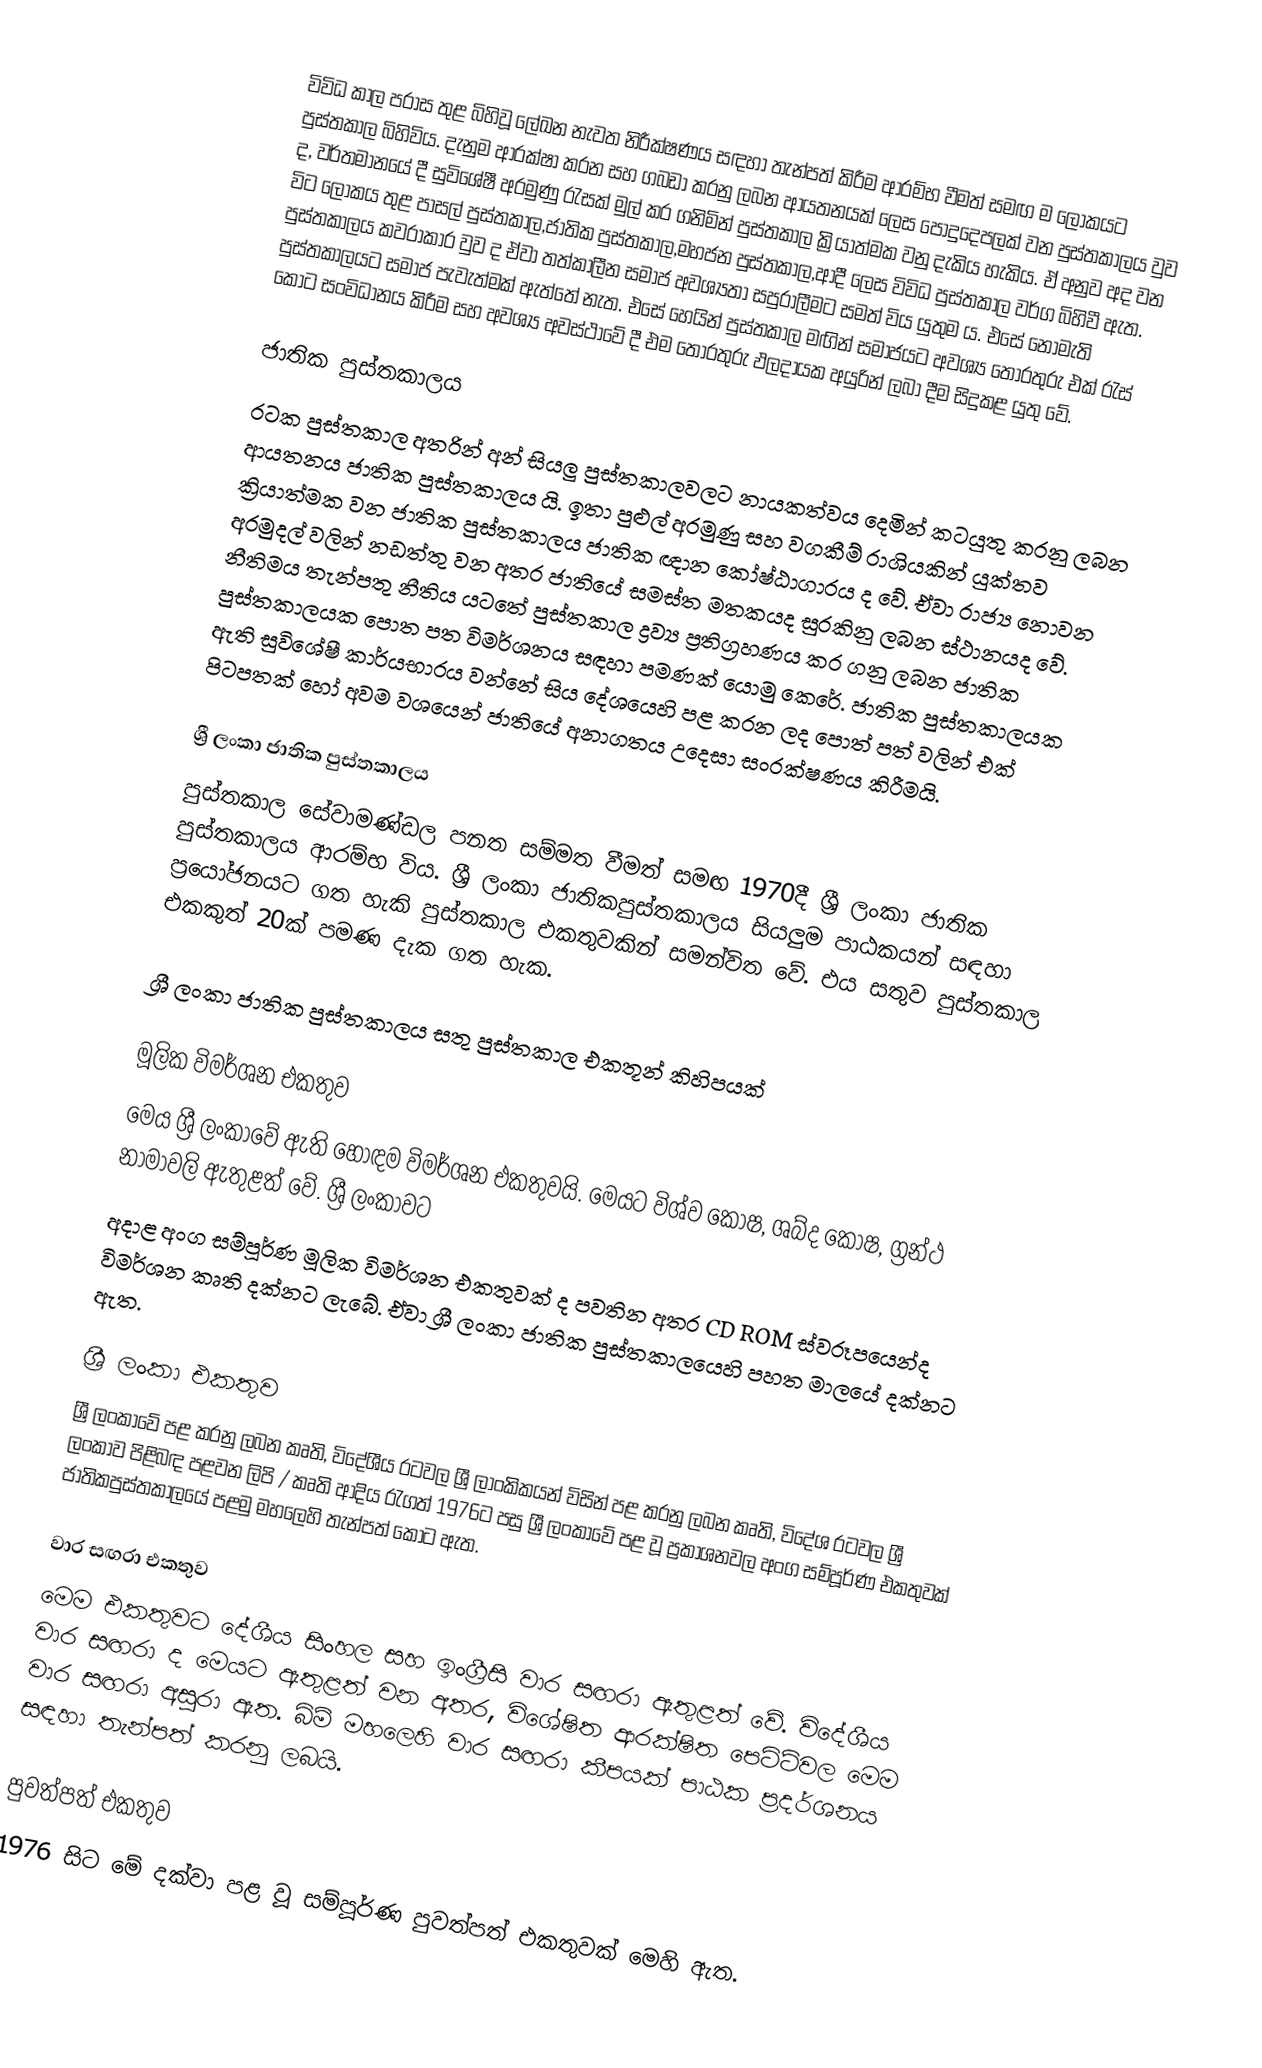
විවිධ කාල පරාස තුළ බිහිවූ ලේඛන නැවත නිරීක්ෂණය සඳහා තැන්පත් කිරීම ආරම්භ වීමත් සමඟ ම ලෝකයට පුස්තකාල බිහිවිය. දැනුම ආරක්ෂා කරන සහ ගබඩා කරනු ලබන ආයතනයක් ලෙස පොදුදෙපලක් වන පුස්තකාලය වුව ද, වර්තමානයේ දී සුවිශේෂී අරමුණු රැසක් මුල් කර ගනිමින් පුස්තකාල  ක්‍රියාත්මක වනු දැකිය හැකිය. ඒ අනුව අද වන විට ලෝකය තුළ පාසල් පුස්තකාල,ජාතික පුස්තකාල,මහජන පුස්තකාල,ආදී ලෙස විවිධ පුස්තකාල  වර්ග බිහිවී ඇත. පුස්තකාලය කවරාකාර වුව ද ඒවා තත්කාලීන සමාජ අවශ්‍යතා සපුරාලීමට සමත් විය යුතුම ය. එසේ නොමැති පුස්තකාලයට සමාජ පැවැත්මක් ඇත්තේ නැත. එසේ හෙයින් පුස්තකාල මඟින් සමාජයට අවශ්‍ය තොරතුරු එක් රැස් කොට සංවිධානය කිරීම සහ අවශ්‍ය අවස්ථාවේ දී එම තොරතුරු ඵලදායක අයුරින් ලබා දීම සිදුකළ යුතු වේ.

ජාතික පුස්තකාලය
රටක පුස්තකාල අතරින් අන් සියලු පුස්තකාලවලට නායකත්වය දෙමින් කටයුතු කරනු ලබන ආයතනය ජාතික පුස්තකාලය යි. ඉතා පුළුල් අරමුණු සහ වගකීම් රාශියකින් යුක්තව ක්‍රියාත්මක වන ජාතික පුස්තකාලය ජාතික ඥාන කෝෂ්ඨාගාරය ද වේ. ඒවා රාජ්‍ය නොවන අරමුදල් වලින් නඩත්තු වන අතර ජාතියේ සමස්ත මතකයද සුරකිනු ලබන ස්ථානයද වේ. නීතිමය තැන්පතු නීතිය යටතේ පුස්තකාල ද්‍රව්‍ය ප්‍රතිග්‍රහණය කර ගනු ලබන ජාතික පුස්තකාලයක පොත පත විමර්ශනය සඳහා පමණක් යොමු කෙරේ. ජාතික පුස්තකාලයක ඇති සුවිශේෂී කාර්යභාරය වන්නේ සිය දේශයෙහි පළ කරන ලද පොත් පත් වලින් එක් පිටපතක් හෝ අවම වශයෙන් ජාතියේ අනාගතය උදෙසා සංරක්ෂණය කිරීමයි.

ශ්‍රී ලංකා ජාතික පුස්තකාලය
පුස්තකාල සේවාමණ්ඩල පනත සම්මත වීමත් සමඟ 1970දී ශ්‍රී ලංකා ජාතික පුස්තකාලය ආරම්භ විය. ශ්‍රී ලංකා ජාතිකපුස්තකාලය සියලුම පාඨකයන් සඳහා ප්‍රයෝජනයට ගත හැකි පුස්තකාල එකතුවකින් සමන්විත වේ. එය සතුව පුස්තකාල එකකුත් 20ක් පමණ දැක ගත හැක.

ශ්‍රී ලංකා ජාතික පුස්තකාලය සතු පුස්තකාල එකතූන් කිහිපයක්

මූලික විමර්ශන එකතුව
මෙය ශ්‍රී ලංකාවේ ඇති හොඳම විමර්ශන එකතුවයි. මෙයට විශ්ව කෝෂ, ශබ්ද කෝෂ, ග්‍රන්ථ නාමාවලි ඇතුළත් වේ. ශ්‍රී ලංකාවට
අදාළ අංග සම්පූර්ණ මූලික විමර්ශන එකතුවක් ද පවතින අතර CD ROM ස්වරූපයෙන්ද විමර්ශන කෘති දක්නට ලැබේ. ඒවා ශ්‍රී ලංකා ජාතික පුස්තකාලයෙහි පහත මාලයේ දක්නට ඇත.

ශ්‍රී ලංකා එකතුව
ශ්‍රී ලංකාවේ පළ කරනු ලබන කෘති, විදේශීය රටවල  ශ්‍රී ලාංකිකයන් විසින් පළ කරනු ලබන කෘති, විදේශ රටවල ශ්‍රී ලංකාව පිළිබඳ පළවන ලිපි / කෘති ආදිය රැගත් 1976ට පසු ශ්‍රී ලංකා‍වේ පළ වූ ප්‍රකාශනවල අංග සම්පූර්ණ එකතුවක් ජාතිකපුස්තකාලයේ පළමු මහලෙහි තැන්පත් කොට ඇත.

වාර සඟරා එකතුව
මෙම එකතුවට දේශීය සිංහල සහ ඉංග්‍රීසි වාර සඟරා ඇතුළත් වේ. විදේශීය වාර සඟරා ද මෙයට ඇතුළත් වන අතර, විශේෂිත ආරක්ෂිත පෙට්ටිවල මෙම වාර සඟරා අසුරා ඇත. බිම් මහලෙහි වාර සඟරා කීපයක් පාඨක ප්‍රදර්ශනය සඳහා තැන්පත් කරනු ලබයි.

පුවත්පත් එකතුව
1976 සිට මේ දක්වා පළ වූ සම්පූර්ණ පුවත්පත් එකතුවක් මෙහි ඇත.